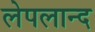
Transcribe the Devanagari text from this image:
लेपलान्द